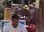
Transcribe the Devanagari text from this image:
एयराइडर